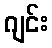
ဂျင်း